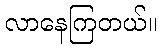
လာနေကြတယ်။